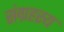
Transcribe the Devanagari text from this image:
संग्रहस्य